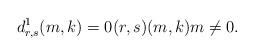
LaTeX: \begin{align*}d^1_{r,s}(m,k)=0(r,s)(m,k)m\ne 0.\end{align*}